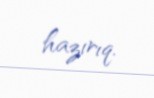
hazırıq.